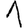
Digit: 1